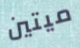
ميتين